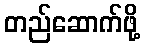
တည်ဆောက်ဖို့